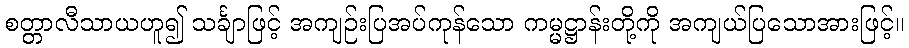
စတ္တာလီသာယဟူ၍ သင်္ချာဖြင့် အကျဉ်းပြအပ်ကုန်သော ကမ္မဋ္ဌာန်းတို့ကို အကျယ်ပြသောအားဖြင့်။